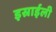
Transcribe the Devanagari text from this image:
इस्राईली